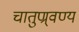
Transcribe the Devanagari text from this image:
चातुण्र्वण्य